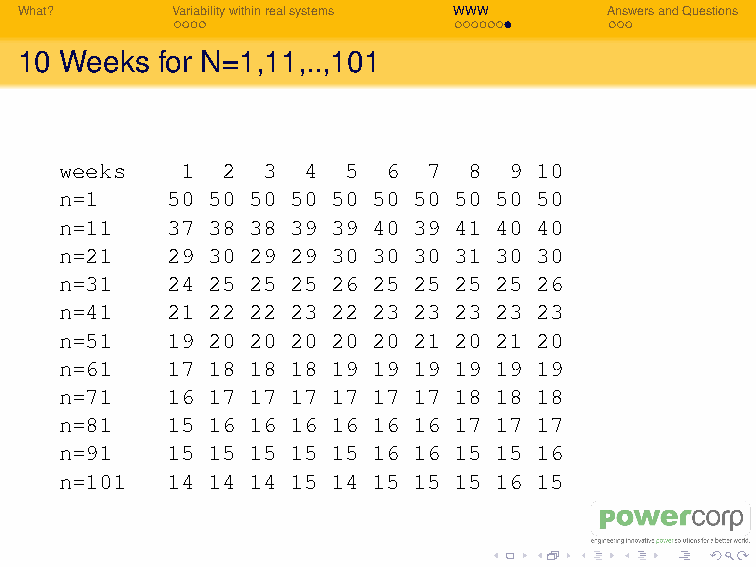
What?     Variabilitywithinrealsystems WWW AnswersandQuestions
 10 Weeks for N=1,11,..,101
 weeks   1  2 3  4  5  6 7  8  9 10
 n=1    50 50 50 50 50 50 50 50 50 50
 n=11   37 38 38 39 39 40 39 41 40 40
 n=21   29 30 29 29 30 30 30 31 30 30
 n=31   24 25 25 25 26 25 25 25 25 26
 n=41   21 22 22 23 22 23 23 23 23 23
 n=51   19 20 20 20 20 20 21 20 21 20
 n=61   17 18 18 18 19 19 19 19 19 19
 n=71   16 17 17 17 17 17 17 18 18 18
 n=81   15 16 16 16 16 16 16 17 17 17
 n=91   15 15 15 15 15 16 16 15 15 16
 n=101  14 14 14 15 14 15 15 15 16 15